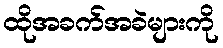
ထိုအခက်အခဲများကို